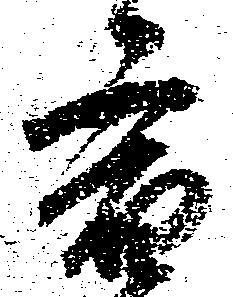
宿